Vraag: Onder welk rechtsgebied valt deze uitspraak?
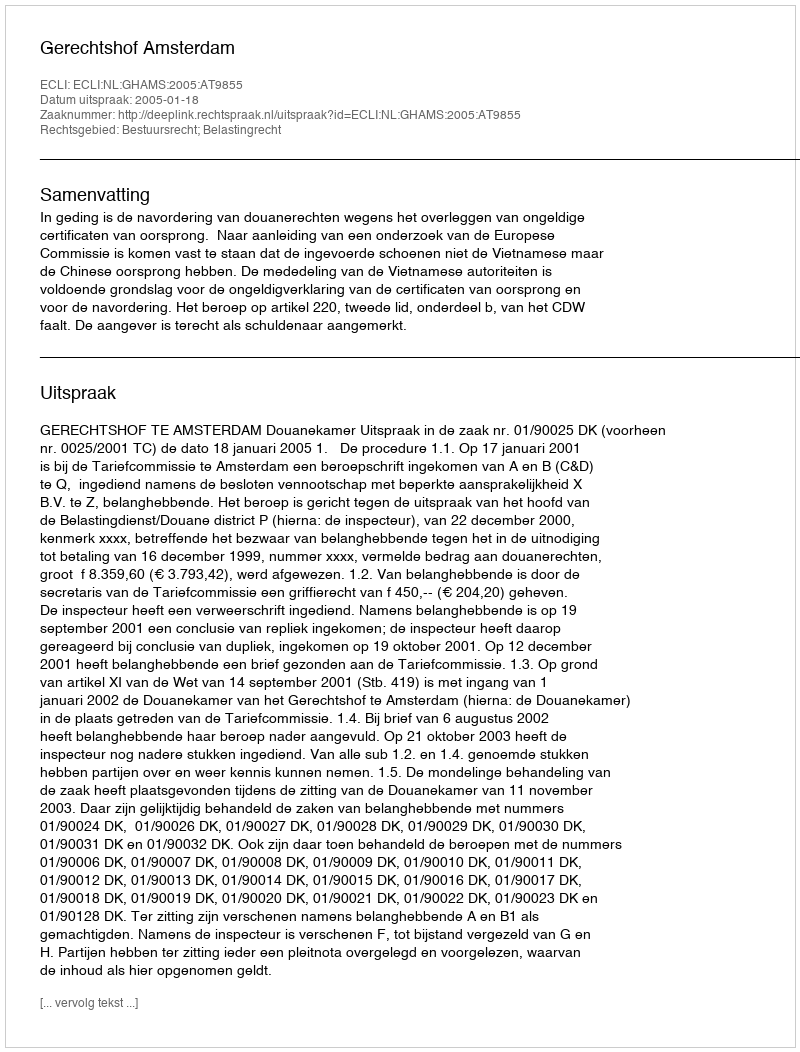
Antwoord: Bestuursrecht; Belastingrecht